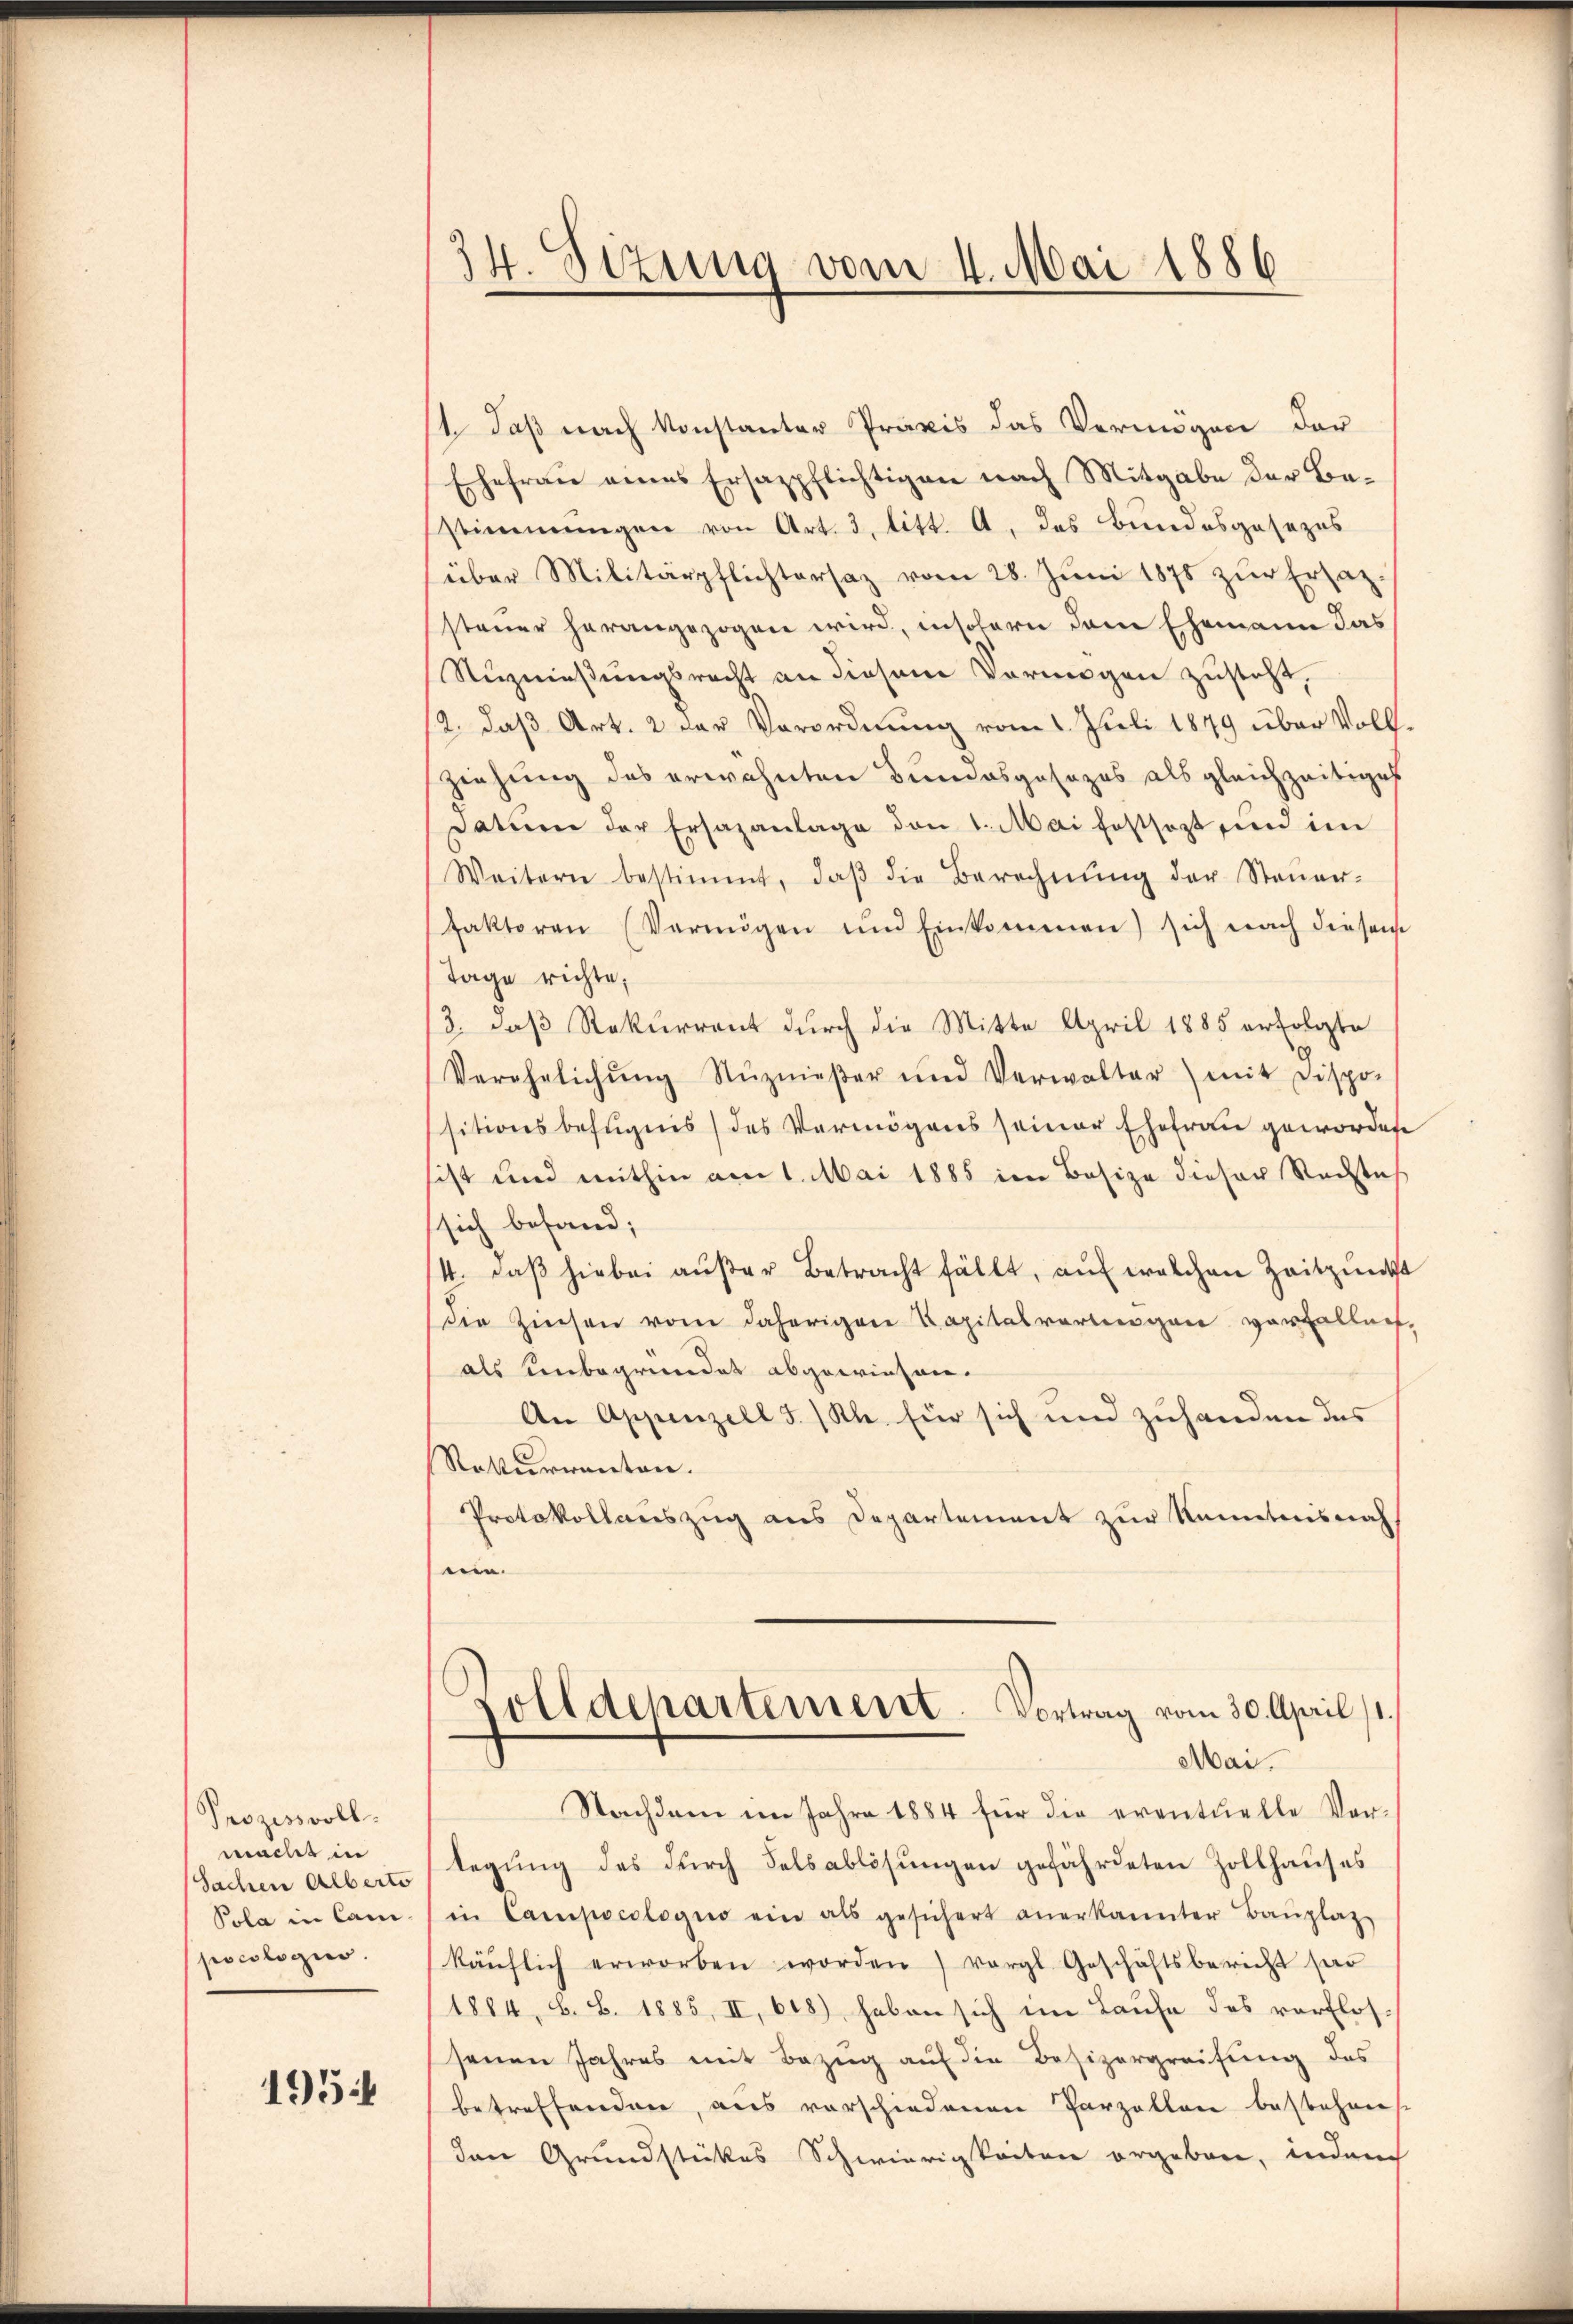
Prozessvoll.
macht in
Sachen Alberts
Pola in Canpoeologis.

195

1. daß nach konstanter Praxis das Vermögen der
Ehefrau eines Ersazpflichtigen nach Mitgabe der Bestimmungen von Art. 3 litt. a, das Bundesgesezes
über Militärpflichtersaz vom 28. Juni 1878 zur Ersatzsteuer herangezogen wird, insofern dem Ehemann das
Sizniessungsrecht an diesem Vermögen zusteht.
12. daß Art. 2 der Verordnung vom 1. Juli 1849 über Voll¬
Ziehung des erwähnten Bundesgesezes als gleichzeitiges
Datum der Ersazanlage den 1. Mai festsezt und im
Weitern bestimmt, daβ die Berechnŭng der Steŭer-
faktoren (Vermögen und Einkommen) sich nach diesem
Tage richte,
3. daß Rekurrent durch die Mitte April 1885 erfolgte
Verehelichŭng Nŭznieβer und Verwalter) mit Dispo-
sitionsbefugnis) des Vermögens seiner Ehefrau geworden
sist und mithin am 1. Mai 1885 im Besize dieser Nachtes
sich befand;
4. daβ hiebei aŭβer Betracht fällt, auf welchen Zeitpunkt
die Zinsen vom daherigen Kapitalvertigen vorfallen,
als unbegründet abgewiesen.
An Appenzell I. Kl. für sich und zuhanden das
Rekurrenten.
Protokollauszug aus Departement zur Kenntens nach
see.

34. Sitzung vom 4. Mai 1886

Zolldepartement. Vortrag vom 30. April 11.
Mai.

Nachdem im Jahre 1884 für die eventuelle Ver-
legŭng des dŭrch Felsablösungen gefährdeten Zollhauses
in Campocolegio ein als gesichert anerkannter Baŭplatz
käŭflich erworben worden) vergl. Geschäftsbericht hab
1884, V. B. 1885, II, 618) haben sich im Laufe des verflos-
senen Jahres mit Bezug auf die Besizergreifung des
betreffenden, aus vorschiedenen Parzellen bestehen
den Grundstückes Schwierigkeiten ergeben, indem